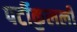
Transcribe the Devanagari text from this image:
पर्टीकुलर्ली